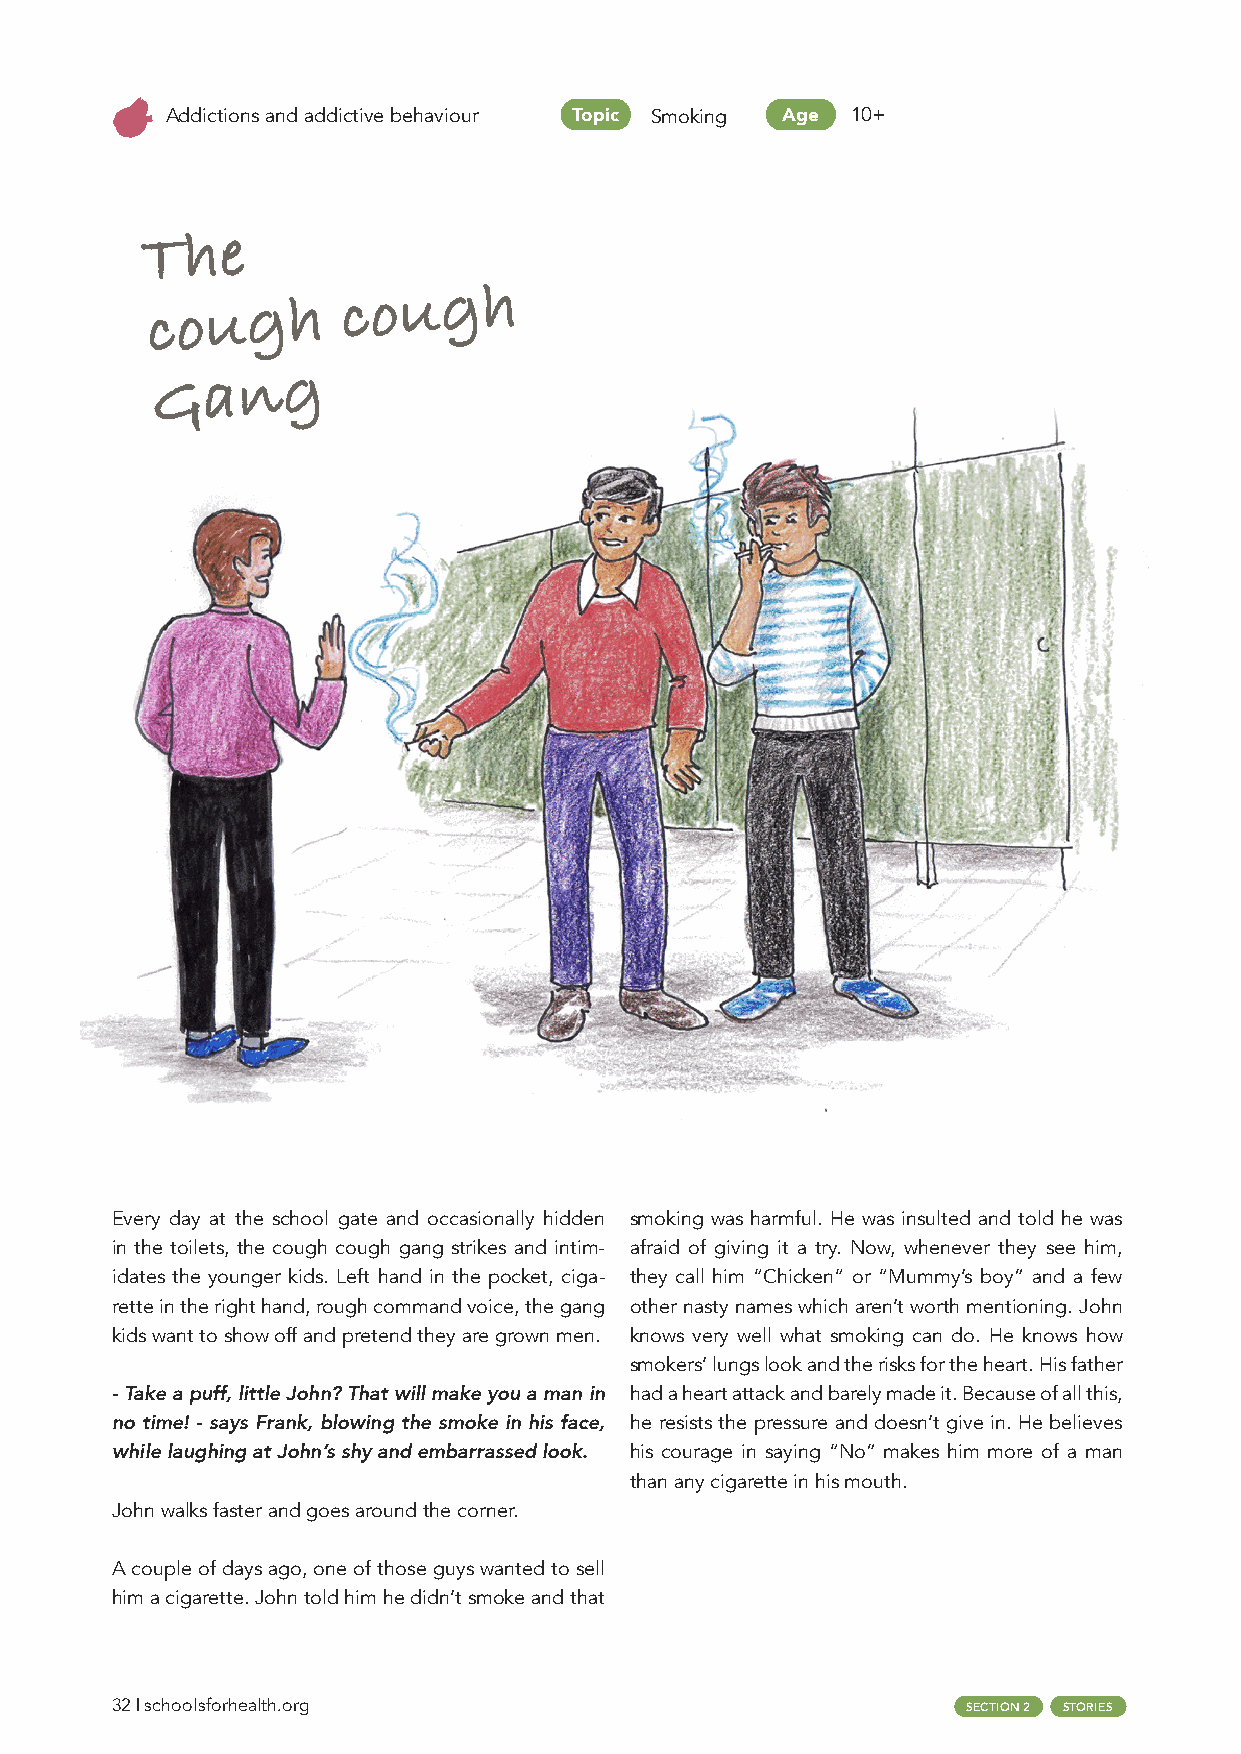
Addictions and addictive behaviour Topic Smoking Age 10+
 The
 cough
 cough
 Gang
 Every day at the school gate and occasionally hidden smoking was harmful. He was insulted and told he was
 in the toilets, the cough cough gang strikes and intim- afraid of giving it a try. Now, whenever they see him,
 idates the younger kids. Left hand in the pocket, ciga- they call him “Chicken“ or “Mummy’s boy” and a few
 rette in the right hand, rough command voice, the gang other nasty names which aren’t worth mentioning. John
 kids want to show off and pretend they are grown men. knows very well what smoking can do. He knows how
 smokers’ lungs look and the risks for the heart. His father
 - Take a puff, little John? That will make you a man in had a heart attack and barely made it. Because of all this,
 no time! - says Frank, blowing the smoke in his face, he resists the pressure and doesn’t give in. He believes
 while laughing at John’s shy and embarrassed look. his courage in saying “No” makes him more of a man
 than any cigarette in his mouth.
 John walks faster and goes around the corner.
 A couple of days ago, one of those guys wanted to sell
 him a cigarette. John told him he didn’t smoke and that
 32 | schoolsforhealth.org                                SECTION 2 STORIES